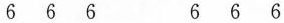
666 666